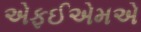
એફઈએમએ